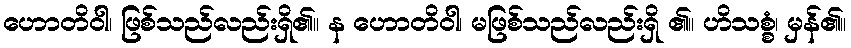
ဟောတိဝါ၊ ဖြစ်သည်လည်းရှိ၏။ န ဟောတိဝါ၊ မဖြစ်သည်လည်းရှိ ၏။ ဟိသစ္စံ၊ မှန်၏။